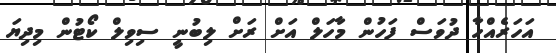
އަހަރެއްހާ ދުވަސް ފަހުން މާހަލް އަށް ރަށް ލިބުނީ ސިވިލް ކޯޓުން މިދިޔަ